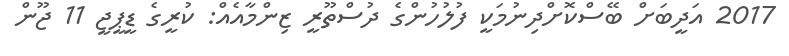
2017 އަދީބަށް ބޭސްކޮށްދިނުމަކީ ފުލުހުންގެ ދުސްތޫރީ ޒިންމާއެއް: ކުރީގެ ޑީޕީޖީ 11 ޖޫން